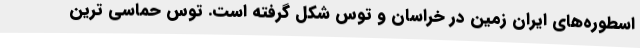
اسطوره‌های ایران زمین در خراسان و توس شکل گرفته است. توس حماسی ترین